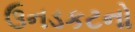
ઉનડકટનો